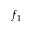
f _ { 1 }